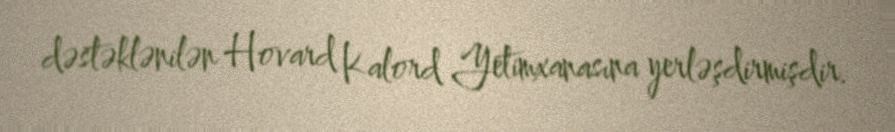
dəstəklənilən Hovard Kalord Yetimxanasına yerləşdirmişdir.